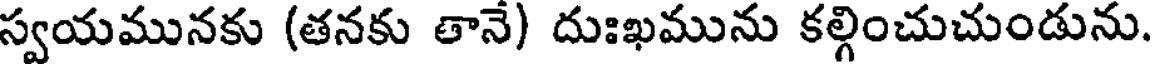
స్వయమునకు (తనకు తానే) దుఃఖమును కల్గించుచుండును.